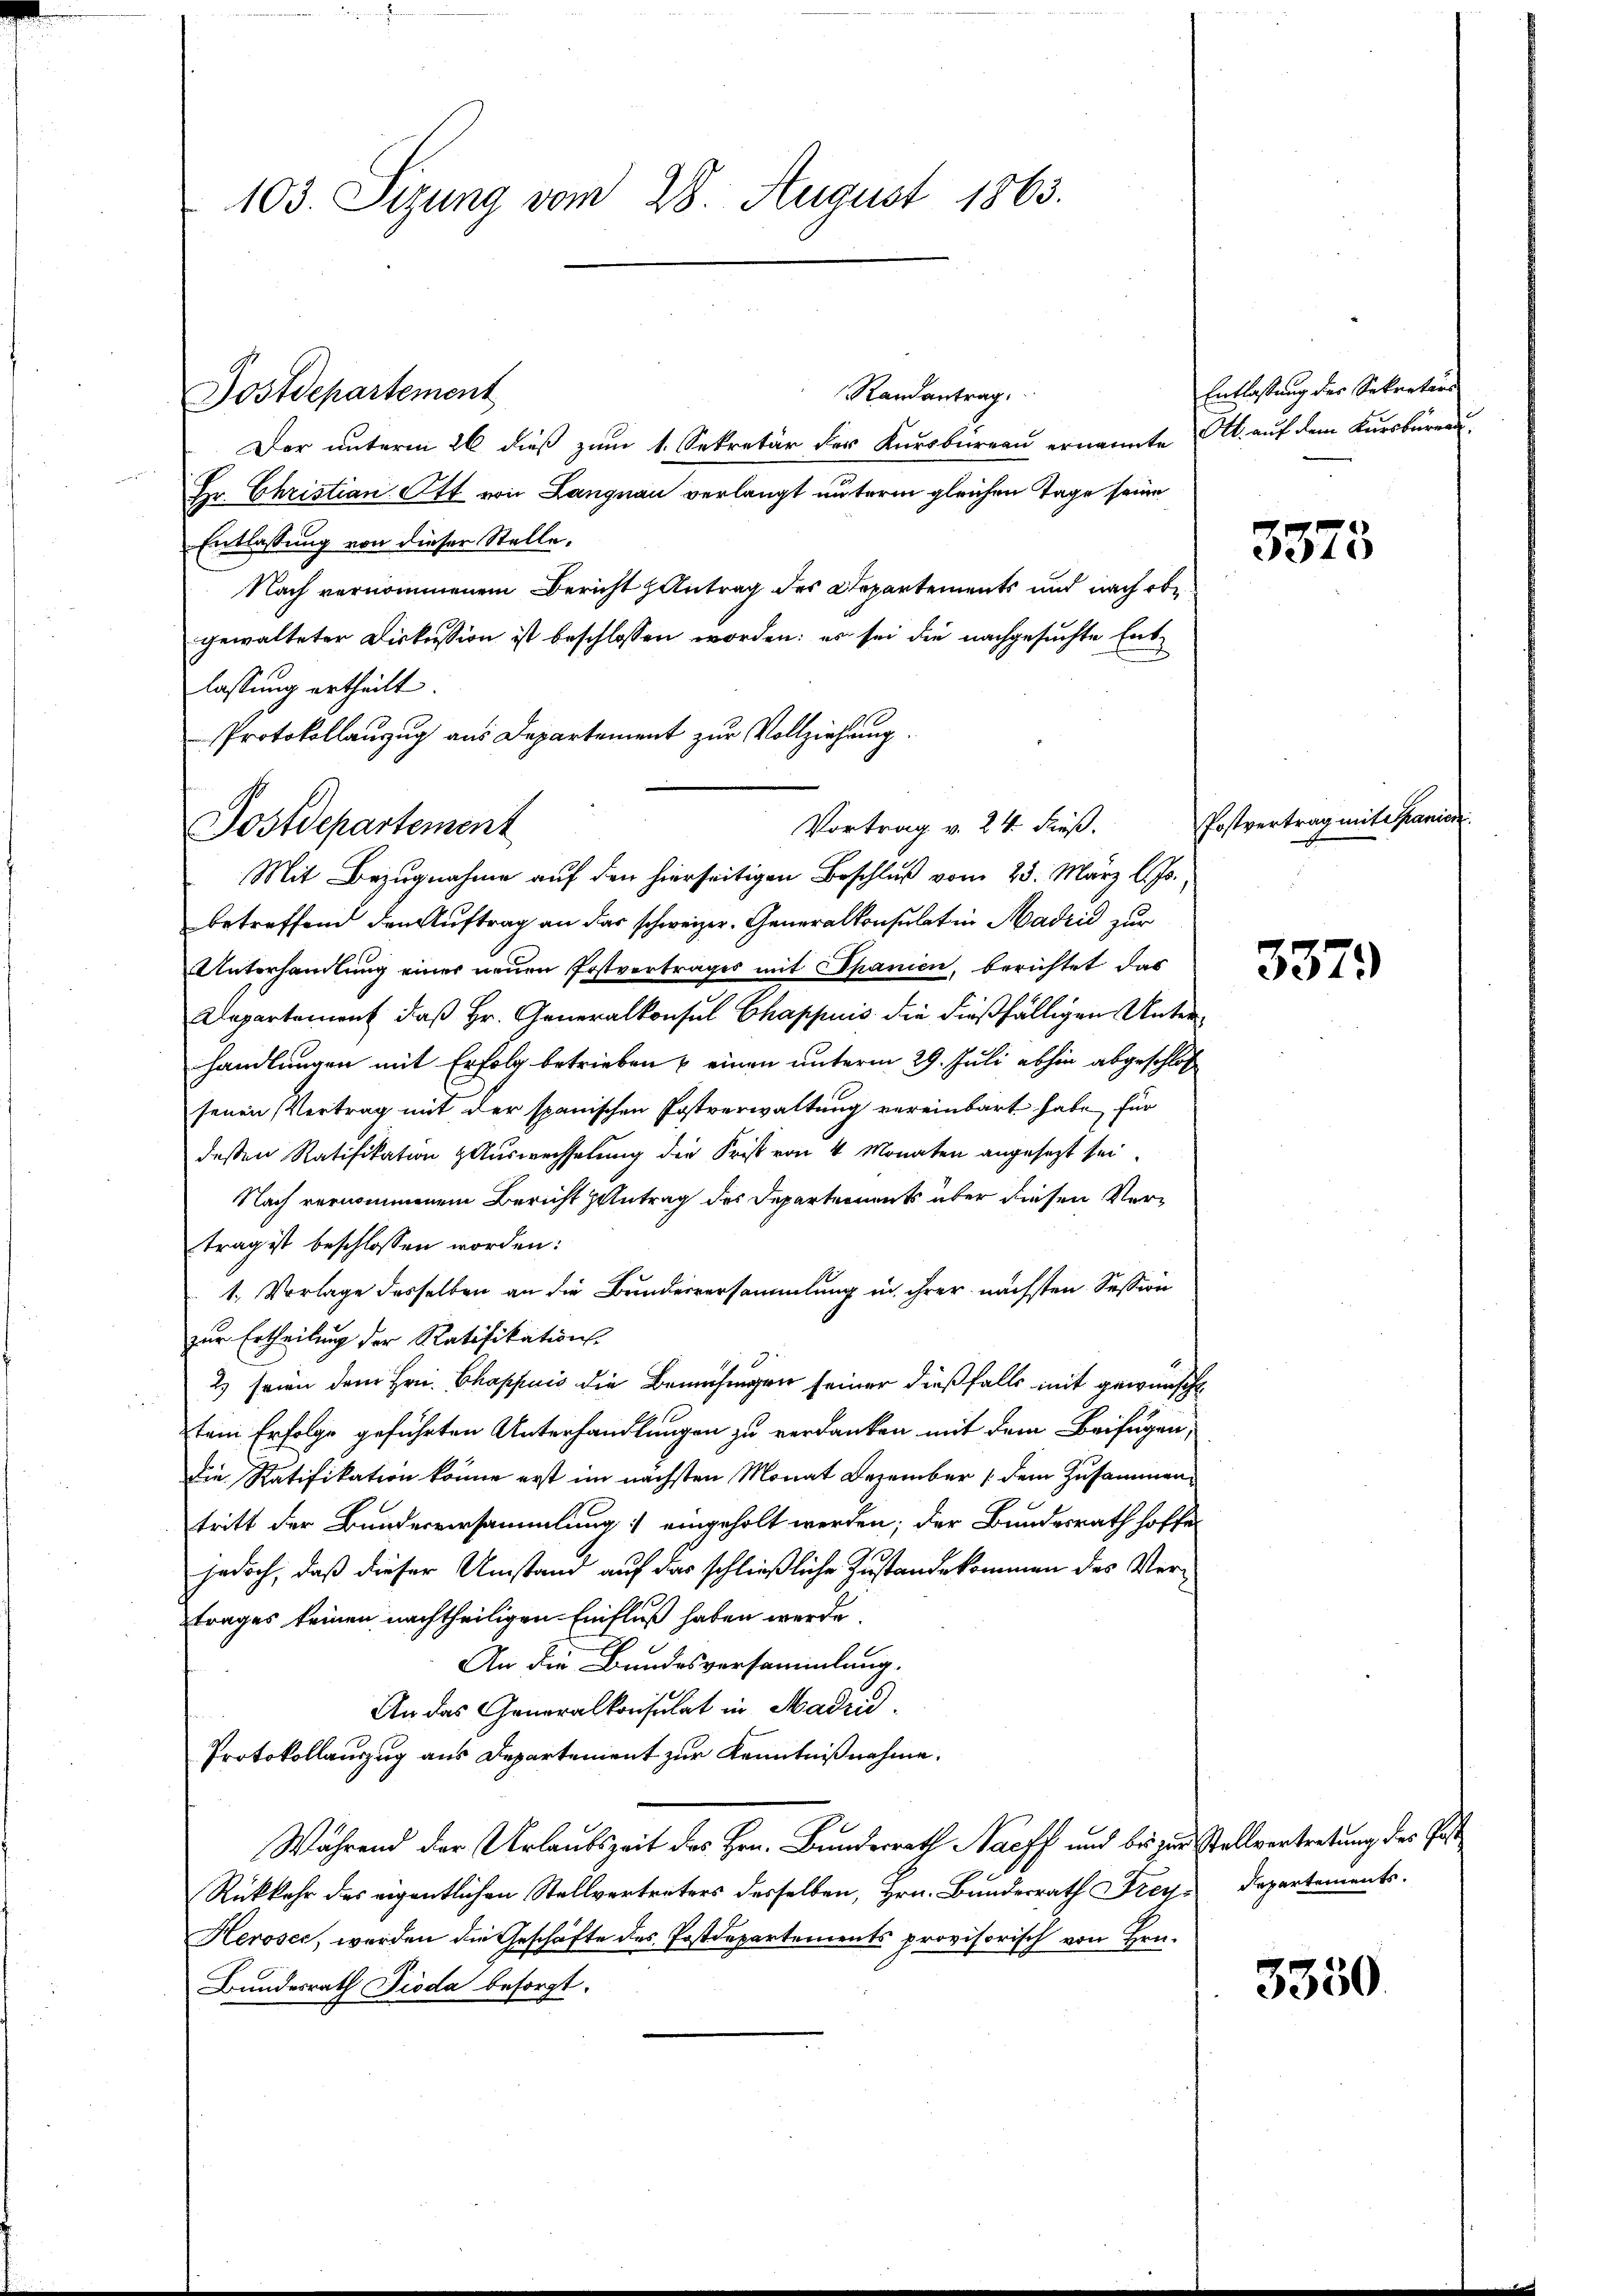
103. Sizung vom 28. August 1863.

Randantrag
Der unterm 26 dieß zum 1. Sekretär der Kursbureau ernannte Art. auf dem Kursbureau
Hr. Christian Ott von Langnau verlangt unterm gleichen Tage seine
Entlassung von dieser Stelle.
Nach vernommenem Bericht Zentrag des Departements und nach obe
gewalteter Diskussion ist beschlossen worden; es sei die nachgesuchte Entlassung ertheilt.
Protokollanzug aus Departement zur Vollziehung.

Postdepartement

Postdepartement

Vortrag v. 24. dieß.

Mit Bezugnahme auf den hierseitigen Beschluß vom 23. März l. Js.,
betreffend den Auftrag an das schweizer. Generalkonsulat in Madrid zur
Unterhandlung einer neuen Postvertrages mit Spanien, berichtet das
Departement, daß Hr. Generalkonsul Chappuis die dießfälligen Unterhandlungen mit Erfolg betrieben & einen unterm 29. Juli abhin abgeschlos
senen Vertrag mit der spanischen Postverwaltung vereinbart habe, für
deßen Ratifikation & Auswechselung die Frist von 4 Monaten angesezt sei.
Nach vernommenem Bericht antrag des Departements über diesen Vertrag ist beschlossen worden:
1. Vorlage desselben an die Bundesversammlung in ihrer nächsten Session
zur Ertheilung der Ratifikations-
2) seien dem Hrn. Chappuis die Bemühungen seiner dießfalls mit gewünscht
ztem Erfolge geführten Unterhandlungen zu verdanken mit dem Beifügen,
die Ratifikation könne erst im nächsten Monat Dezember (dem Zusammentritt der Bundesversammlung eingeholt werden; der Bundesrath hoffe
jedoch, daß dieser Umstand auf das schließliche Zustande kommen des Vertrages keinen nachtheiligen Einfluß haben werde.
An die Bundesversammlung.
An das Generalkonsulat in Madrid.
Protokollauszug aus Departement zur Kenntnißnahme.
Während der Urlaubszeit des Hrn. Bundesrath Nacff und bis zur Stellvertretung des Post
Rükkehr des eigentlichen Stellvertreters desselben, Hrn. Bundesrath Frey. Departements.
Heroser, werden die Geschäfte des Postdepartements provisorisch von Hrn.
Bundesrath Pioda besorgt.

Entlassung der Sekretärs

3375

Postvertrag mit Spanie

3379

3350.